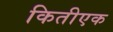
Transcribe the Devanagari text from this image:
कितीएक